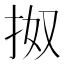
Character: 𢫓